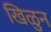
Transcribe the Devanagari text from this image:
खिळुन